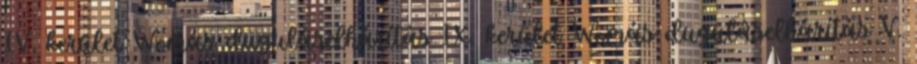
IV. kerület Womás duguláselhárítás IX. kerület Womás duguláselhárítás V.